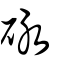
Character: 砯